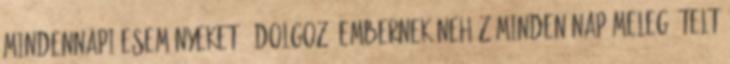
mindennapi eseményeket:- Dolgozó embernek nehéz minden nap meleg ételt